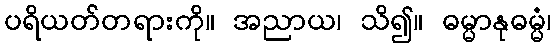
ပရိယတ်တရားကို။ အညာယ၊ သိ၍။ ဓမ္မာနုဓမ္မံ၊